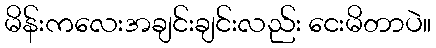
မိန်းကလေးအချင်းချင်းလည်း ငေးမိတာပဲ။